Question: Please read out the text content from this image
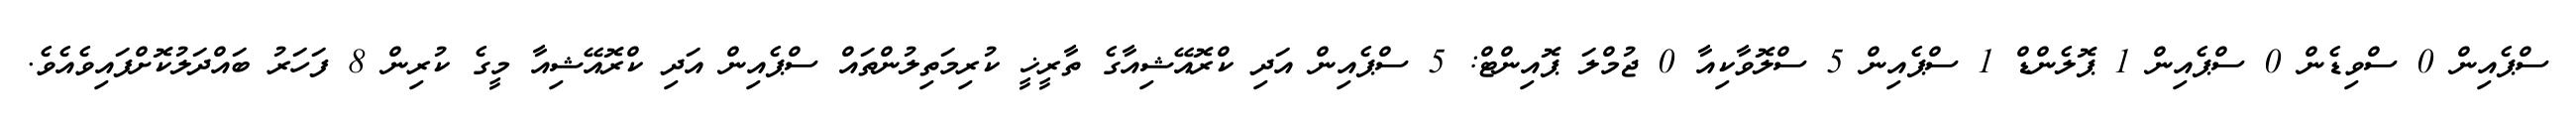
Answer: ސްޕެއިން 0 ސްވިޑެން 0 ސްޕެއިން 1 ޕޮލެންޑް 1 ސްޕެއިން 5 ސްލޮވާކިއާ 0 ޖުމްލަ ޕޮއިންޓް: 5 ސްޕެއިން އަދި ކްރޮއޭޝިއާގެ ތާރީޚީ ކުރިމަތިލުންތައް ސްޕެއިން އަދި ކްރޮއޭޝިއާ މީގެ ކުރިން 8 ފަހަރު ބައްދަލުކޮށްފައިވެއެވެ.